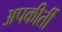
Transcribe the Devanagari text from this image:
अपकीर्ती